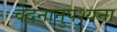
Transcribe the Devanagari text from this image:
वेदनानुपश्यना